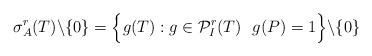
LaTeX: \begin{align*} \sigma^r_A(T)\backslash\{0\}=\Big\{g(T): g\in\mathcal{P}_I^r(T)\ \ g(P)=1\Big\}\backslash\{0\}\end{align*}